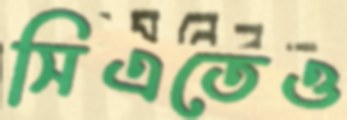
সিএতেও